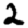
Digit: 2